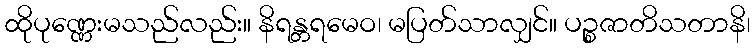
ထိုပုဏ္ဏေးမသည်လည်း။ နိရန္တရမေဝ၊ မပြတ်သာလျှင်။ ပဉ္စဇာတိသတာနိ၊